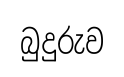
බුදුරුව